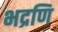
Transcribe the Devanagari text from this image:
भद्रणि